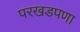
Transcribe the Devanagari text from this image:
परखडपणा